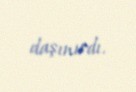
daşınırdı.